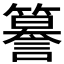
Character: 𮆣